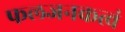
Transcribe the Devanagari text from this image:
फलजनकत्वं